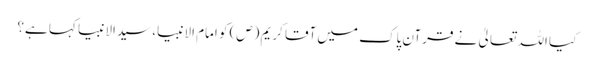
کیا اللہ تعالیٰ نے قرآن پاک میں آقا کریم (ص) کو امام الانبیا، سیدالانبیا کہا ہے؟